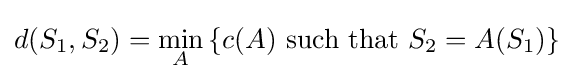
d(S_{1},S_{2})=\min _{A}\left\{c(A)~{\rm {such~that}}~S_{2}=A(S_{1})\right\}